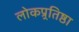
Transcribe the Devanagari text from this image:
लोकप्र्रतिष्ठा